Insane asylums in Bengal annual reports 1876-1887 - 1876-1887
Year: 1876
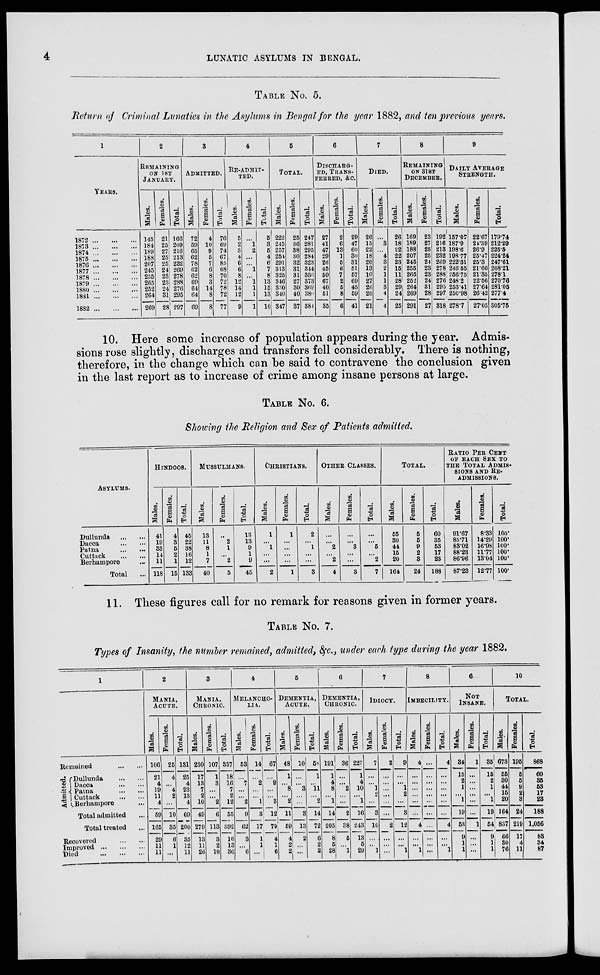
4
LUNATIC ASYLUMS IN BENGAL.
TABLE No. 5.
Return of Criminal Lunatics in the Asylums in Bengal for the year 1882, and ten previous years.
1
YEARS.
1872
...
...
...
1873
...
...
...
1874
...
...
...
1875
...
...
...
1876
...
...
...
1877 ... ... ...
1878
...
...
...
1879
...
...
...
1880
...
...
...
1881
...
...
...
1882
...
...
...
2
REMAINING
ON 1ST
JANUARY.
Males.
145
184
189
188
207
245
255
265
252
264
269
Females.
21
25
27
25
25
24
23
23
24
31
28
Total.
166
209
216
213
232
269
278
288
276
295
297
3
ADMITTED.
Males.
72
59
65
62
78
62
62
69
64
64
69
Females.
4
10
9
5
7
6
8
3
14
8
8
Total.
76
69
74
67
85
68
70
72
78
72
77
4
RE-ADMIT-
TED.
Males.
5
2
3
4
6
6
8
12
14
12
9
Females.
...
1
2
...
...
1
...
1
1
1
1
Total.
5
3
5
4
6
7
8
13
15
13
10
5
TOTAL.
Males.
222
245
257
254
291
313
325
346
330
340
347
Females.
25
36
38
30
32
31
31
27
30
40
37
Total.
247
281
295
284
323
344
356
373
360
380
384
6
DISCHARG-
ED, TRANS-
FERRED, &c.
Males.
27
41
47
29
26
45
50
67
40
51
35
Females.
2
6
13
1
6
6
7
2
5
8
6
Total.
29
47
60
30
31
51
57
69
45
59
41
7
DIED.
Males.
26
15
22
18
20
13
10
27
26
20
21
Females.
...
3
...
4
3
2
1
1
3
4
4
Total.
26
18
22
22
23
15
11
28
29
24
25
8
REMAINING
ON 31ST
DECEMBER.
Males.
169
189
188
207
245
255
265
252
264
269
291
Females.
23
27
25
25
24
23
23
24
31
28
27
Total.
192
216
213
232
269
278
288
276
295
297
318
9
DAILY AVERAGE
STRENGTH.
Males.
157.07
187.9
198.6
198.77
222.31
246.55
256.75
248.2
253.41
250.98
278.7
Females.
22.67
24.39
26.9
25.47
25.3
21.66
21.35
22.56
27.64
26.42
27.05
Total.
179.74
212.29
225.5
224.24
247.61
268.21
278.1
270.76
281.05
277.4
305.75
10. Here some increase of population appears during the year. Admis-
sions rose slightly, discharges and transfers fell considerably. There is nothing,
therefore, in the change which can be said to contravene the conclusion given
in the last report as to increase of crime among insane persons at large.
TABLE No 6.
Showing the Religion and Sex of Patients admitted.
ASYLUMS.
Dullunda
...
...
Dacca
...
...
Patna
...
...
Cuttack
...
...
Berhampore ...
Total ...
HINDOOS.
Males.
41
19
33
14
11
118
Females.
4
3
5
2
1
15
Total.
45
22
38
16
12
133
MUSSULMANS.
Males.
13
11
8
1
7
40
Females.
...
2
1
...
2
5
Total.
13
13
9
1
9
45
CHRISTIANS.
Males.
1
...
1
...
...
2
Females.
1
...
...
...
...
1
Total.
2
...
1
...
...
3
OTHER CLASSES.
Males.
...
...
2
...
2
4
Females.
...
...
3
...
...
3
Total.
...
...
5
...
2
7
TOTAL.
Males.
55
30
44
15
20
164
Females.
5
5
9
2
3
24
Total.
60
35
53
17
23
188
RATIO PER CENT
OF EACH SEX TO
THE TOTAL ADMIS-
SIONS AND RE-
ADMISSIONS.
Males.
91.67
85.71
83.02
88.23
86.96
87.23
Females.
8.33
14.29
16.98
11.77
13.04
12.77
Total.
100.
100.
100. 100.
100.
100.
11. These figures call for no remark for reasons given in former years.
TABLE No. 7.
Types of Insanity, the number remained, admitted, &c., under each type during the year 1882.
1
Remained
...
...
Admitted.
Dullunda
...
...
Dacca
...
...
Patna
...
...
Cuttack ... ...
Berhampore ...
Total admitted ...
Total treated ...
Recovered
...
...
Improved
...
...
...
Died
...
...
...
2
MANIA,
ACUTE.
Males.
106
21
4
19
11
4
59
165
20
11
11
Females.
25
4
...
4
2
...
10
35
6
1
...
Total.
131
25
4
23
13
4
69
200
35
12
11
3
MANIA,
CHRONIC.
Males.
230
17
13
7
2
10
49
279
13
11
26
Females.
107
1
3
...
...
2
6
113
3
2
10
Total.
337
18
16
7
2
12
55
392
16
13
36
4
MELANCHO-
---.
Males.
53
...
7
...
...
2
9
62
3
...
6
Females.
14
...
2
...
...
1
3
17
1
1
...
Total.
67
...
9
...
...
3
12
79
4
1
6
5
DEMENTIA,
ACUTE.
Males.
48
1
...
8
...
2
11
59
4
2
2
Females.
10
...
...
3
...
...
3
13
2
...
...
Total.
58
1
...
11
...
2
14
72
6
2
2
6
DEMENTIA,
CHRONIC.
Males.
191
1
4
8
...
1
14
205
8
5
28
Females.
36
...
...
2
...
...
2
38
5
...
1
Total.
227
1
4
10
...
1
16
243
13
5
29
7
IDIOCY.
Males.
7
...
...
1
2
...
3
10
...
...
1
Females.
2
...
...
...
...
...
...
2
...
...
...
Total.
9
...
...
1
2
...
3
12
...
...
1
8
IMBECILITY.
Males.
4
...
...
...
...
...
...
4
...
...
1
Females.
...
...
...
...
...
...
...
...
...
...
...
Total.
4
...
...
...
...
...
...
4
...
...
1
9
NOT
INSANE.
Males.
34
15
2
1
...
1
19
53
9
1
1
Females.
1
...
...
...
...
...
...
1
...
...
...
Total.
35
15
2
1
...
1
19
54
9
1
1
10
TOTAL.
Males.
673
55
30
44
15
20
164
837
66
30
76
Females.
195
5
5
9
2
3
24
219
17
4
11
Total.
868
60
35
53
17
23
188
1,056
83
34
87